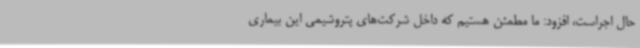
حال اجراست، افزود: ما مطمئن هستیم که داخل شرکت‌های پتروشیمی این بیماری